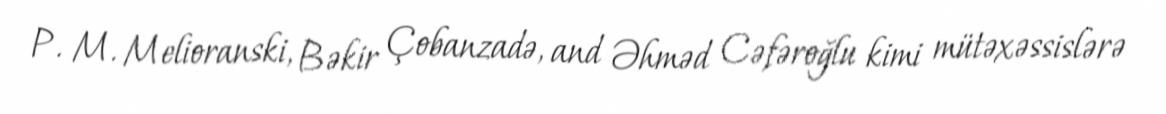
P. M. Melioranski, Bəkir Çobanzadə, and Əhməd Cəfəroğlu kimi mütəxəssislərə